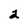
Character: 2